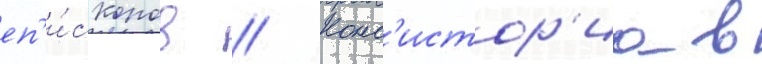
еп'и́скопов // Конс'истор'иа в